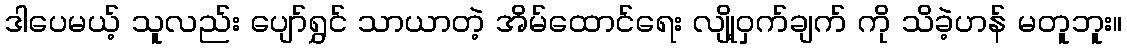
ဒါပေမယ့် သူလည်း ပျော်ရွှင် သာယာတဲ့ အိမ်ထောင်ရေး လျို့ဝှက်ချက် ကို သိခဲ့ဟန် မတူဘူး။